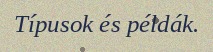
Típusok és példák.